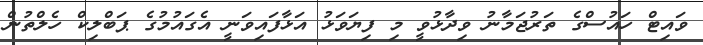
ވައިޓް ހައުސްގެ ތަރުޖަމާނު ވިދާޅުވީ މި ފިޔަވަޅު އަޅާފައިވަނީ އެގައުމުގެ ޕަބްލިކް ހެލްތުން